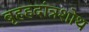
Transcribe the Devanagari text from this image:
बृहहदांत्रशोथ